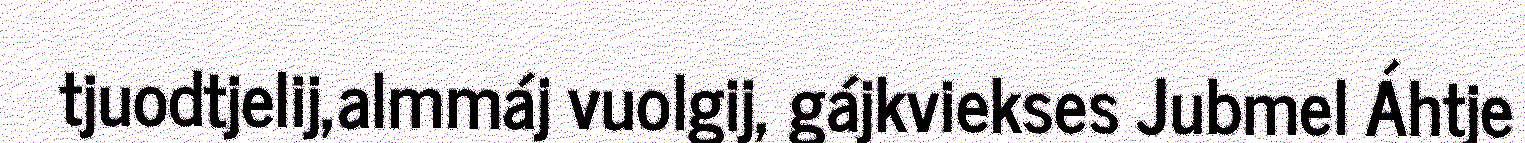
tjuodtjelij,almmáj vuolgij, gájkviekses Jubmel Áhtje